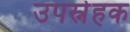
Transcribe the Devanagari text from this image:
उपस्नेहक